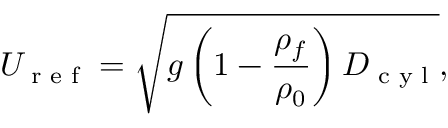
U _ { \textrm { r e f } } = \sqrt { g \left( 1 - \frac { \rho _ { f } } { \rho _ { 0 } } \right) D _ { \textrm { c y l } } } ,